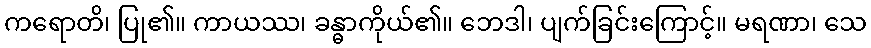
ကရောတိ၊ ပြု၏။ ကာယဿ၊ ခန္ဓာကိုယ်၏။ ဘေဒါ၊ ပျက်ခြင်းကြောင့်။ မရဏာ၊ သေ